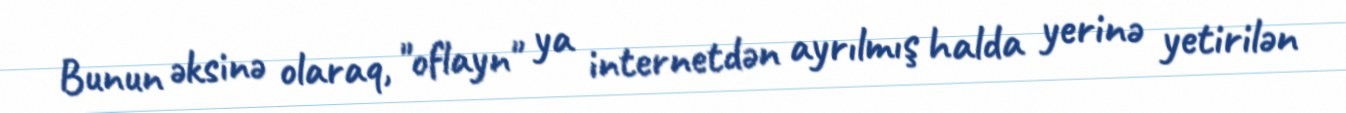
Bunun əksinə olaraq, "oflayn" ya internetdən ayrılmış halda yerinə yetirilən